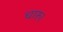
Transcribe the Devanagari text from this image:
चारु।